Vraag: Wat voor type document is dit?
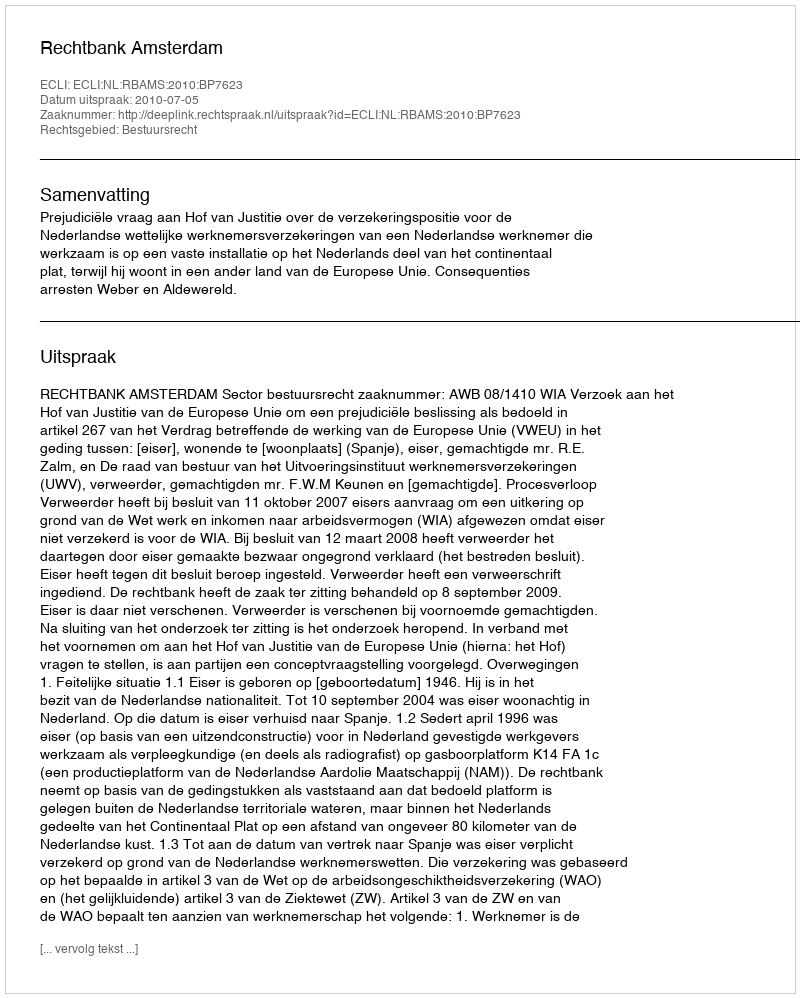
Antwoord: Uitspraak